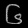
Digit: ၆